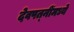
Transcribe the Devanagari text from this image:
देवपत्‍नींमध्ये